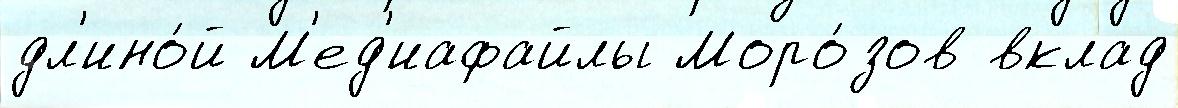
дл'ино́й М'ед'иафайлы Моро́зов вклад